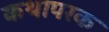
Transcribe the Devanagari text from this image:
कथापरक